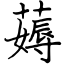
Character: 薅